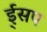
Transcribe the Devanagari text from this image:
ई्सप